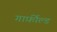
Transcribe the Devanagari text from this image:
गार्फ़ील्ड